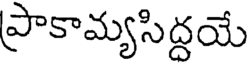
ప్రాకామ్యసిద్దయే